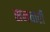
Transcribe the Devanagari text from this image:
सनचारी